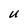
Character: U